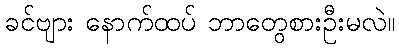
ခင်ဗျား နောက်ထပ် ဘာတွေစားဦးမလဲ။